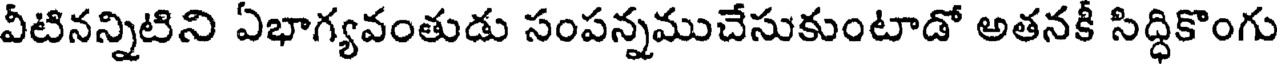
వీటినన్నిటిని ఏభాగ్యవంతుడు సంపన్నముచేసుకుంటాడో అతనకీ సిద్ధికొంగు